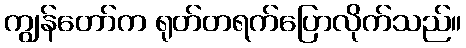
ကျွန်တော်က ရုတ်တရက်ပြောလိုက်သည်။